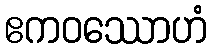
ဧကဝဿောဟံ